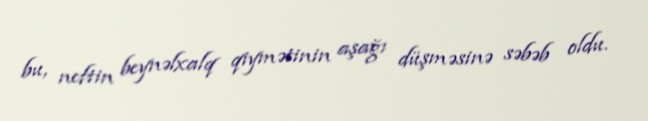
bu, neftin beynəlxalq qiymətinin aşağı düşməsinə səbəb oldu.